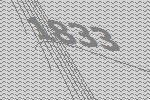
1833